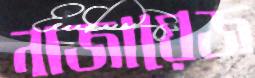
নাজায়েজ